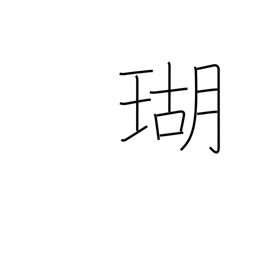
Meaning: coral